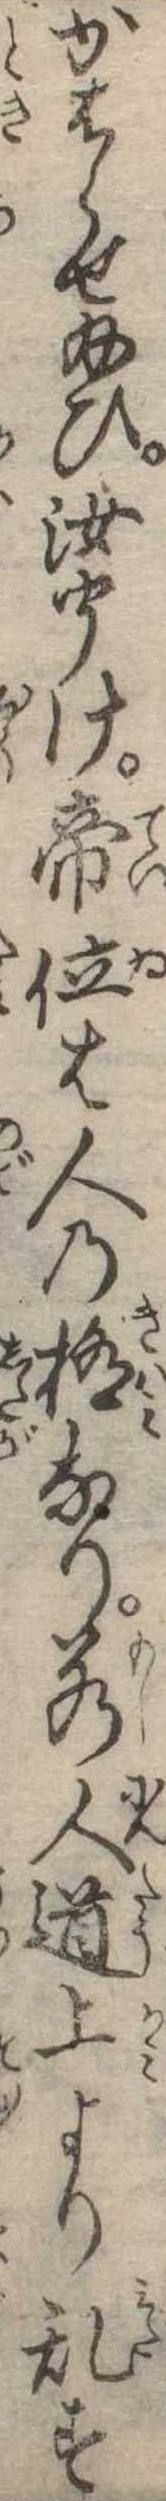
かはらせ給ひ汝聞け帝位は人の極なり若人道上より乱す